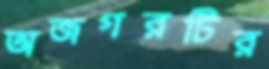
অজগরটির